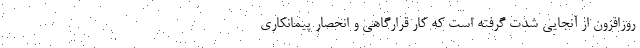
روزافزون از آنجایی شدت گرفته است که کار قرارگاهی و انحصار پیمانکاری